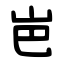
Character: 岜